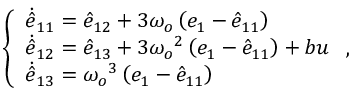
\left\{ \begin{array} { l l } { \dot { \hat { e } } _ { 1 1 } = \hat { e } _ { 1 2 } + 3 \omega _ { o } \left( e _ { 1 } - \hat { e } _ { 1 1 } \right) } \\ { \dot { \hat { e } } _ { 1 2 } = \hat { e } _ { 1 3 } + 3 { \omega _ { o } } ^ { 2 } \left( e _ { 1 } - \hat { e } _ { 1 1 } \right) + b u } \\ { \dot { \hat { e } } _ { 1 3 } = { \omega _ { o } } ^ { 3 } \left( e _ { 1 } - \hat { e } _ { 1 1 } \right) } \end{array} \right. ,